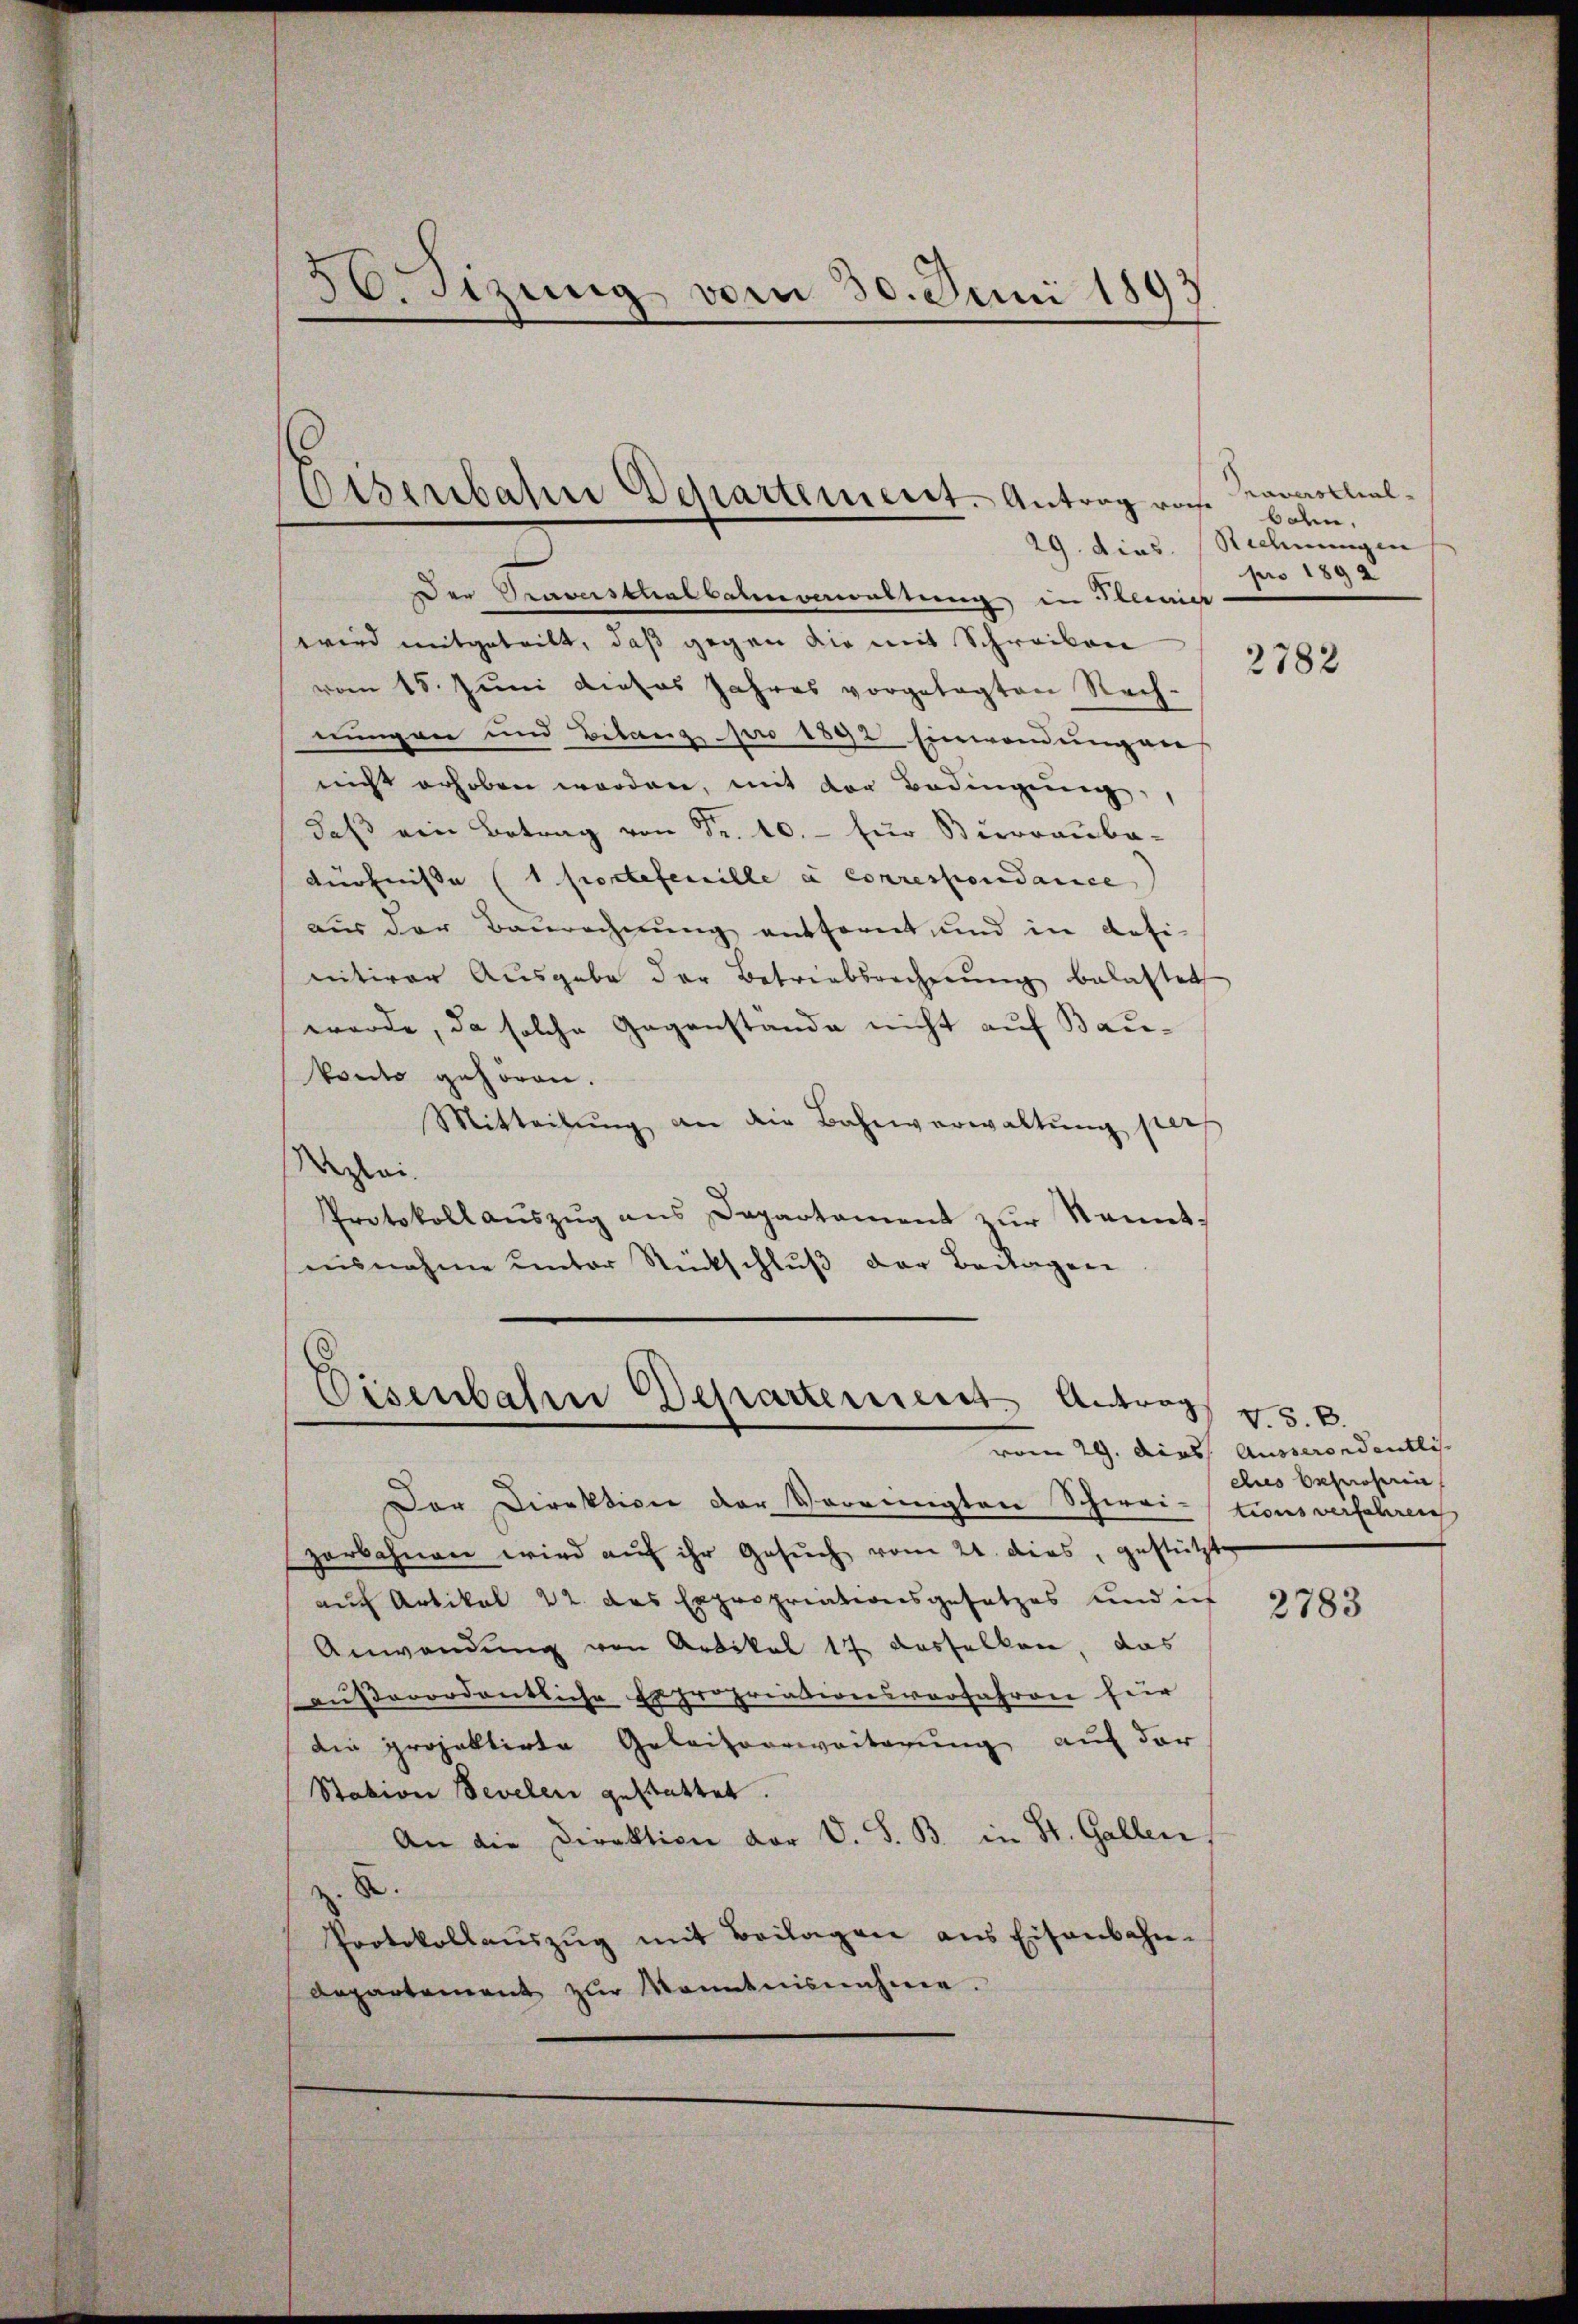
26. Sizung vom 30. Juni 1892
1

Eisenbahn Departement. Antrag roch

Der Taverstaatbaunerwaltung, in Steiner
wird mitgeteilt, daß gegen die mit Schreiben
vom 15. Juni dieses Jahres vorgelegten Rech-
nungen und Bilanz pro 1892 Einwendungen
nicht erhoben worden, mit der Bedingung,
daß ein Betrag von Fr. 10.- für Büreauba-
dürfnisse (1 portefenille a correspondance
aus der Baurechnung entfernt, und in defi-
nitiver Ausgabe der Betriebsrechnŭng belastet
werde, da solche Gegenstande nicht auf Bau¬
Precto gehören.
Mitteilŭng an die Bahnverwaltung per
Azlei.
Protokoll aŭszŭg ans Departament zŭr Kennt,
ausnahme unter Rückschluß der Beilagen

Eisenbahn Departement Antrag

Praverschial-
boden.
29. dies. (Rechnungen
pro 1892

Der Direktion der Verringten Schwei-
zerbahnen wird auf ihr Gesuch vom 21. dies, gestützte
auf Artikel 22. das Expropriationsgesetzes und ich
Anwendung von Artikel 17 dasselben, das
außerordentliche Expropriationsverfahren für
die projektirte Geleisverweiterung auf der
Station Sevelen gestattet.
An die Direktion der V. S. B. in St. Gallen.
.
Protokollaŭszŭg mit Beilagen ans Eisenbahn-
Departament zŭr Kenntnisnahme.

2782

V.S.B.
vom 29. Dies Ausserondentlis.
ches beproserin
tions verfahren

2783